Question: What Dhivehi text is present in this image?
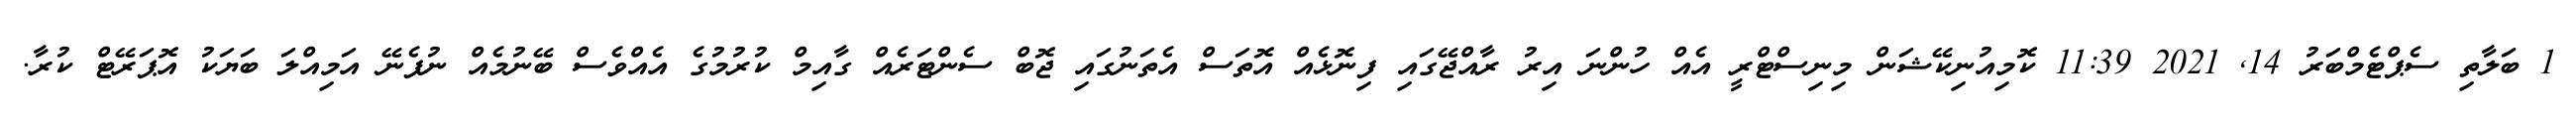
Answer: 1 ބަލާތި ސެޕްޓެމްބަރު 14, 2021 11:39 ކޮމިއުނިކޭޝަން މިނިސްޓްރީ އެއް ހުންނަ އިރު ރާއްޖޭގައި ފިނޮޅެއް އޮތަސް އެތަނުގައި ޖޮބް ސެންޓަރެއް ގާއިމް ކުރުމުގެ އެއްވެސް ބޭނުމެއް ނުފެނޭ އަމިއްލަ ބަޔަކު އޮޕަރޭޓް ކުރާ.